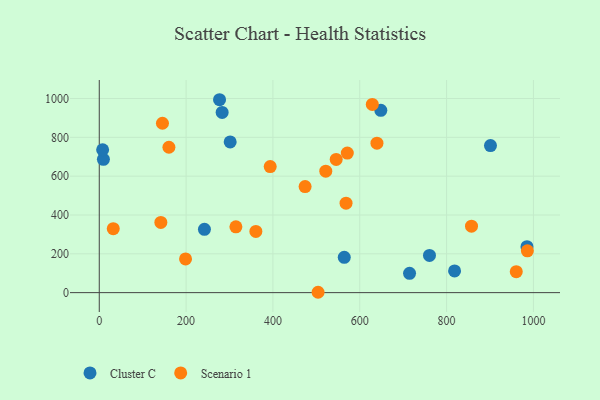
{"axis": {"x": "Distance", "y": "Exam Score"}, "legend": ["Cluster C", "Scenario 1"], "data": [{"x": "760.6", "y": 191.5, "type": "Cluster C"}, {"x": "277.0", "y": 993.7, "type": "Cluster C"}, {"x": "242.2", "y": 326.1, "type": "Cluster C"}, {"x": "901.1", "y": 757.3, "type": "Cluster C"}, {"x": "283.0", "y": 928.5, "type": "Cluster C"}, {"x": "714.7", "y": 99.4, "type": "Cluster C"}, {"x": "985.2", "y": 236.7, "type": "Cluster C"}, {"x": "9.5", "y": 686.7, "type": "Cluster C"}, {"x": "818.4", "y": 111.7, "type": "Cluster C"}, {"x": "648.5", "y": 939.2, "type": "Cluster C"}, {"x": "7.7", "y": 736.0, "type": "Cluster C"}, {"x": "564.3", "y": 182.1, "type": "Cluster C"}, {"x": "301.5", "y": 776.3, "type": "Cluster C"}, {"x": "639.6", "y": 769.7, "type": "Scenario 1"}, {"x": "504.0", "y": 1.9, "type": "Scenario 1"}, {"x": "145.5", "y": 872.4, "type": "Scenario 1"}, {"x": "986.1", "y": 215.2, "type": "Scenario 1"}, {"x": "521.7", "y": 625.8, "type": "Scenario 1"}, {"x": "314.7", "y": 339.0, "type": "Scenario 1"}, {"x": "960.5", "y": 108.1, "type": "Scenario 1"}, {"x": "857.4", "y": 342.2, "type": "Scenario 1"}, {"x": "568.4", "y": 460.7, "type": "Scenario 1"}, {"x": "628.9", "y": 969.6, "type": "Scenario 1"}, {"x": "571.3", "y": 718.7, "type": "Scenario 1"}, {"x": "545.7", "y": 686.0, "type": "Scenario 1"}, {"x": "32.2", "y": 329.7, "type": "Scenario 1"}, {"x": "393.7", "y": 649.5, "type": "Scenario 1"}, {"x": "160.4", "y": 749.0, "type": "Scenario 1"}, {"x": "474.1", "y": 546.4, "type": "Scenario 1"}, {"x": "141.8", "y": 361.7, "type": "Scenario 1"}, {"x": "360.7", "y": 315.5, "type": "Scenario 1"}, {"x": "198.7", "y": 173.9, "type": "Scenario 1"}]}